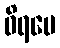
ဝိရမေ